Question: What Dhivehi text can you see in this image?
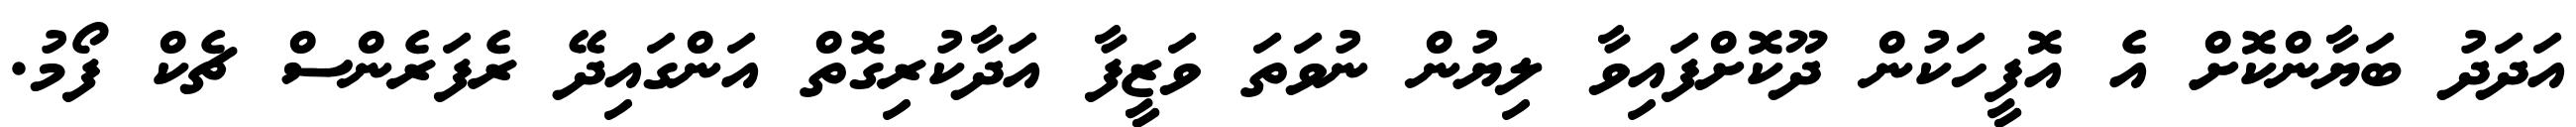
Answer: އަދަދު ބަޔާންކޮށް އެ އޮފީހަކުން ދޫކޮށްފައިވާ ލިޔުން ނުވަތަ ވަޒީފާ އަދާކުރިގޮތް އަންގައިދޭ ރެފަރެންސް ޗެކް ފޯމު.